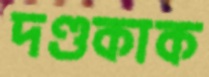
দণ্ডকাক